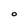
Character: O